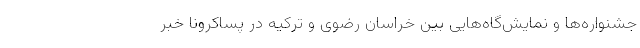
جشنواره‌ها و نمایش‌گاه‌هایی بین خراسان رضوی و ترکیه در پساکرونا خبر